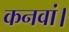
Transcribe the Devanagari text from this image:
कनवां।